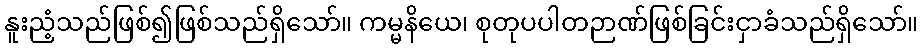
နူးညံ့သည်ဖြစ်၍ဖြစ်သည်ရှိသော်။ ကမ္မနိယေ၊ စုတုပပါတဉာဏ်ဖြစ်ခြင်းငှာခံသည်ရှိသော်။